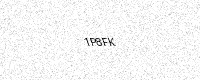
Text: 1P8FK